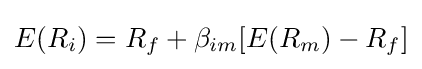
E(R_{i})=R_{f}+\beta _{im}[E(R_{m})-R_{f}]